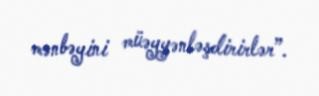
mənbəyini müəyyənləşdirirlər”.